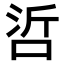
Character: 𠲻